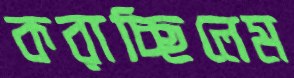
করাচ্ছিলেম